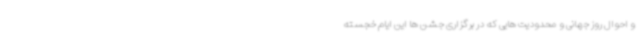
و احوال روز جهانی و محدودیت هایی که در برگزاری جشن ها این ایام خجسته